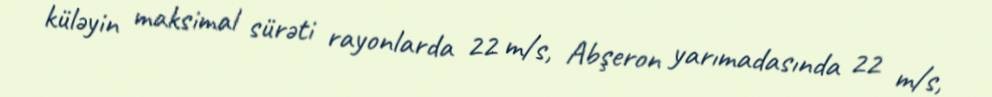
küləyin maksimal sürəti rayonlarda 22 m/s, Abşeron yarımadasında 22 m/s,